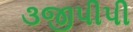
૩જીપીપી